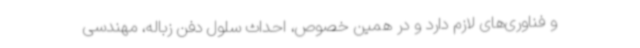
و فناوری‌های لازم دارد و در همین خصوص، احداث سلول دفن زباله، مهندسی